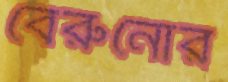
বেরুনোর